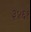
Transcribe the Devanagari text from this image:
३४६१